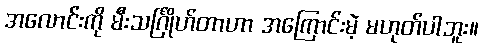
အလောင်းကို မီးသင်္ဂြိုဟ်တာဟာ အကြောင်းမဲ့ မဟုတ်ပါဘူး။